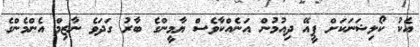
އެކު ކޯލިޝަނަކަށް ޕީއޭ ދިއުމުން އަނެއްކާވެސް ޔާމީންގެ ބާރު ގަދަވެ ނާޒިމް އެންމެންގެ